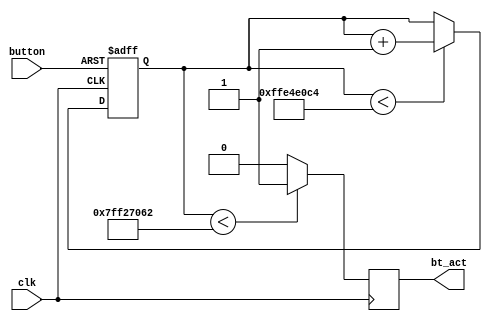
module debouncer #(
	parameter REACTION_TIME = 100// in ms
)(
	input button,
	input clk,
	output reg bt_act
);

parameter F_CLK = 25175000;

//automatically calculated, do not modify manually
parameter integer D_TIME = F_CLK*REACTION_TIME/1000;

reg [31:0] counter;

always@(posedge clk, negedge button)
	if(button == 0)
		counter <= 0;
	else
		if(counter < D_TIME-1) 
			counter <= counter + 1;
		
always@(posedge clk)
	if(counter < D_TIME/2) bt_act <= 1;
	else bt_act <= 0;

endmodule